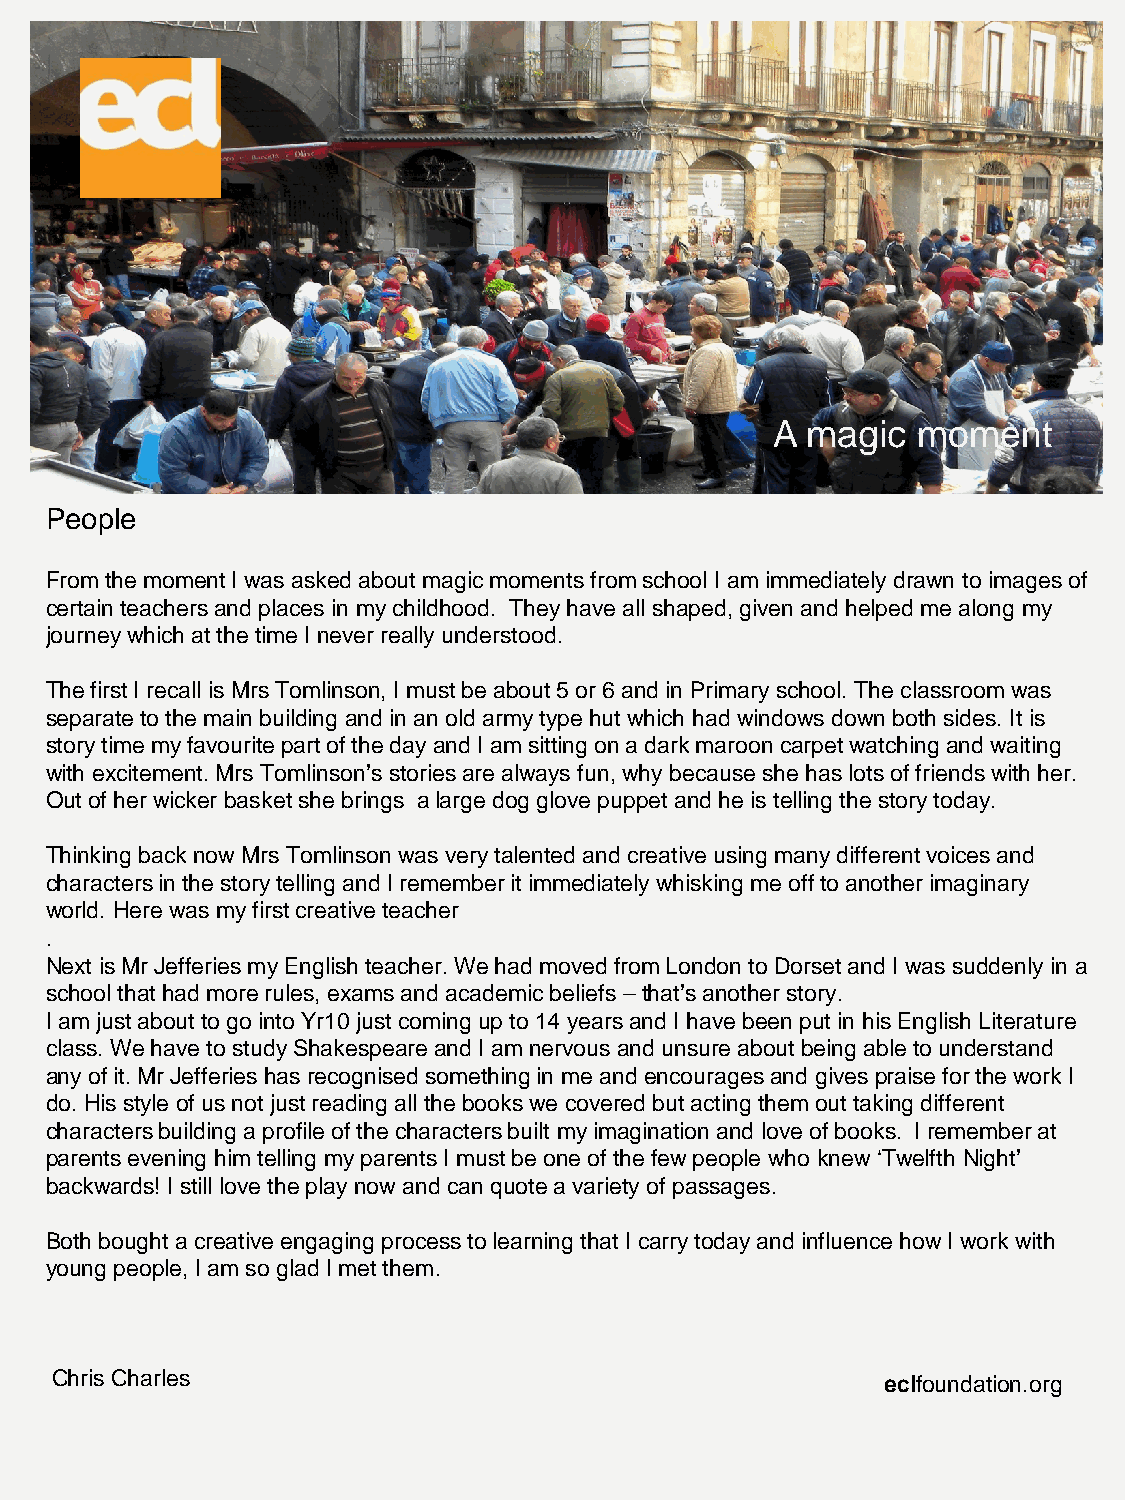
A magic   moment
 People
 A magic   moment
 From the moment I was asked about magic moments from school I am immediately drawn to images of
 certain teachers and places in my childhood. They have all shaped, given and helped me along my
 journey which at the time I never really understood.
 The first I recall is Mrs Tomlinson, I must be about 5 or 6 and in Primary school. The classroom was
 separate to the main building and in an old army type hut which had windows down both sides. It is
 story time my favourite part of the day and I am sitting on a dark maroon carpet watching and waiting
 with excitement. Mrs Tomlinson’s stories are always fun, why because she has lots of friends with her.
 Out of her wicker basket she brings a large dog glove puppet and he is telling the story today.
 Thinking back now Mrs Tomlinson was very talented and creative using many different voices and
 characters in the story telling and I remember it immediately whisking me off to another imaginary
 world. Here was my first creative teacher
 .
 Next is Mr Jefferies my English teacher. We had moved from London to Dorset and I was suddenly in a
 school that had more rules, exams and academic beliefs – that’s another story.
 I am just about to go into Yr10 just coming up to 14 years and I have been put in his English Literature
 class. We have to study Shakespeare and I am nervous and unsure about being able to understand
 any of it. Mr Jefferies has recognised something in me and encourages and gives praise for the work I
 do. His style of us not just reading all the books we covered but acting them out taking different
 characters building a profile of the characters built my imagination and love of books. I remember at
 parents evening him telling my parents I must be one of the few people who knew ‘Twelfth Night’
 backwards! I still love the play now and can quote a variety of passages.
 Both bought a creative engaging process to learning that I carry today and influence how I work with
 young people, I am so glad I met them.
 Chris Charles                                           eclfoundation.org